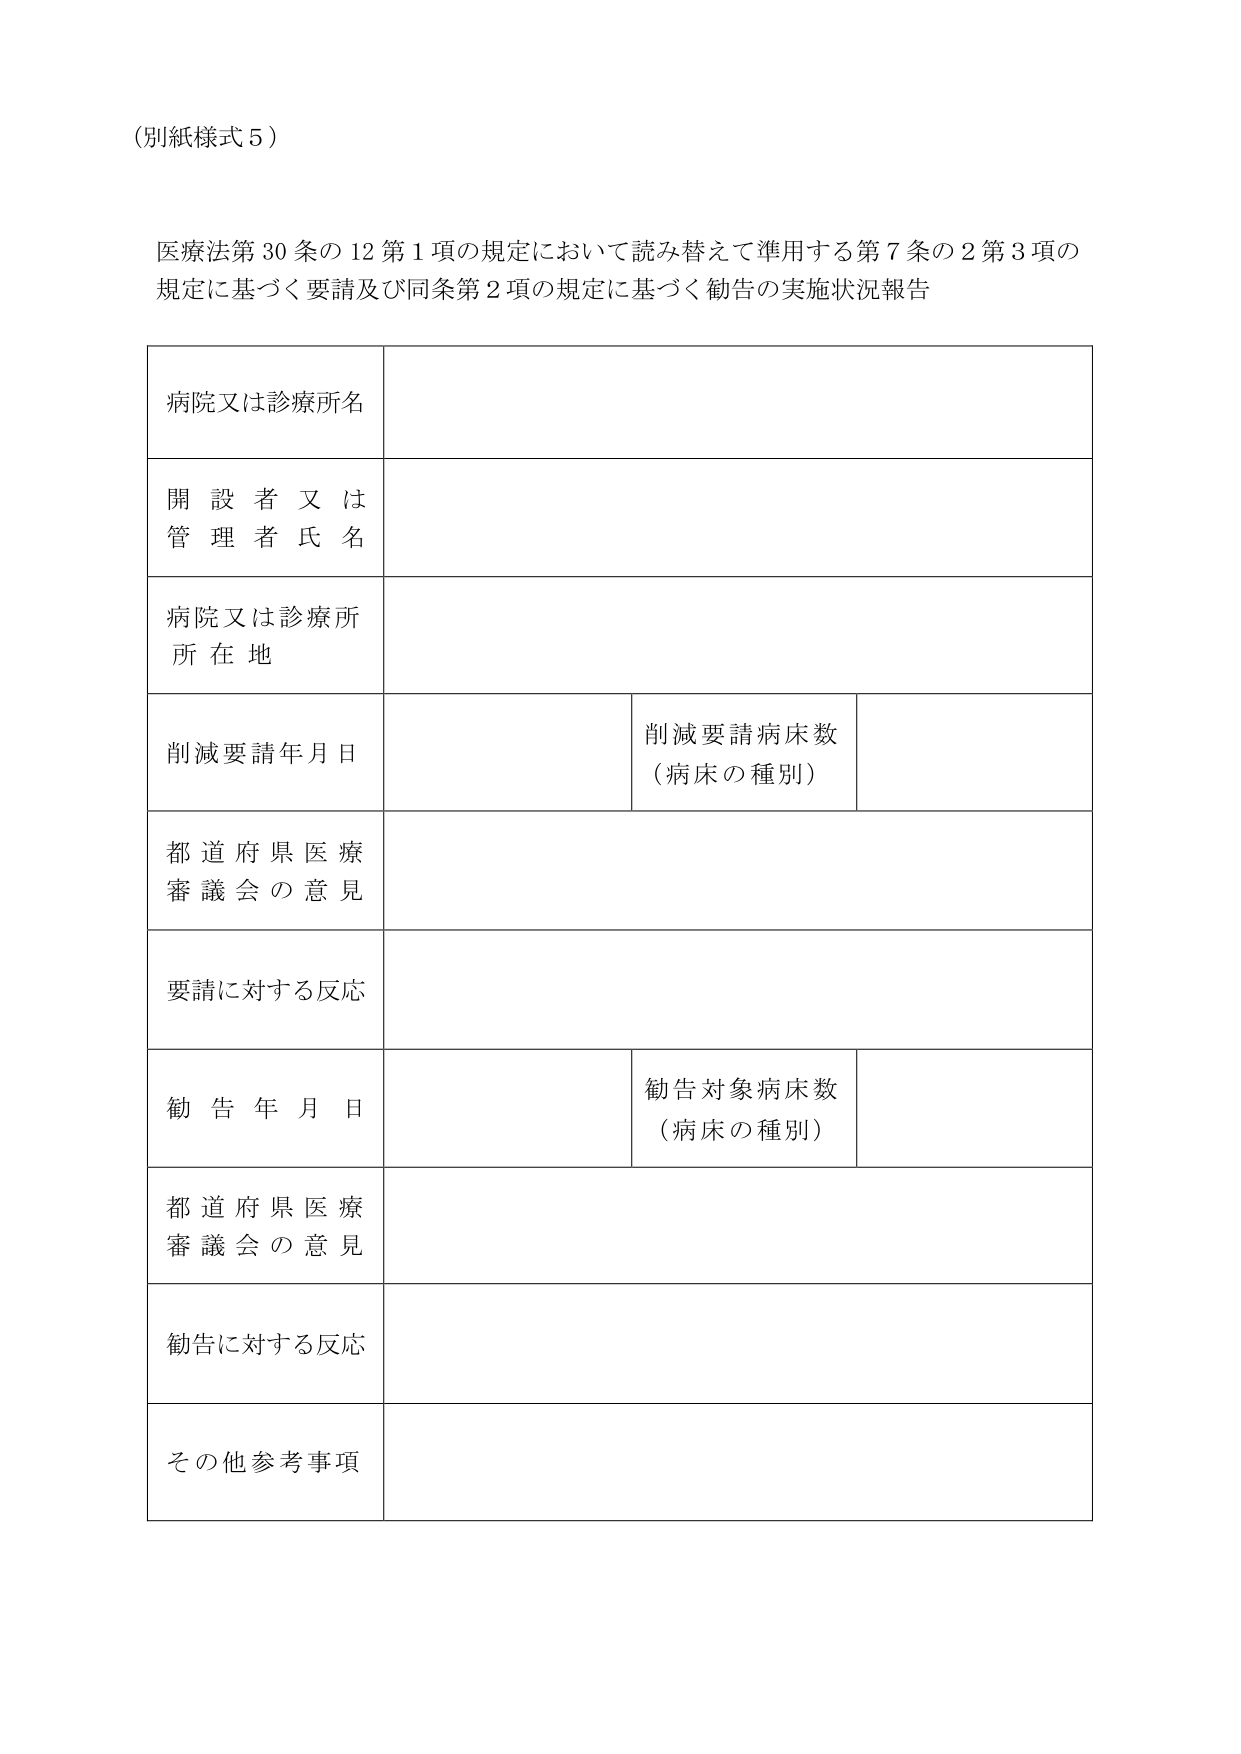
（別紙様式５）

医療法第30条の12第1項の規定において読み替えて準用する第7条の2第3項の規定に基づく要請及び同条第2項の規定に基づく勧告の実施状況報告

病院又は診療所名

開設者又は管理者氏名

病院又は診療所所在地

削減要請年月日　　　　　　　　　　　　　削減要請病床数（病床の種別）

都道府県医療審議会の意見

要請に対する反応

勧告年月日　　　　　　　　　　　　　　　勧告対象病床数（病床の種別）

都道府県医療審議会の意見

勧告に対する反応

その他参考事項